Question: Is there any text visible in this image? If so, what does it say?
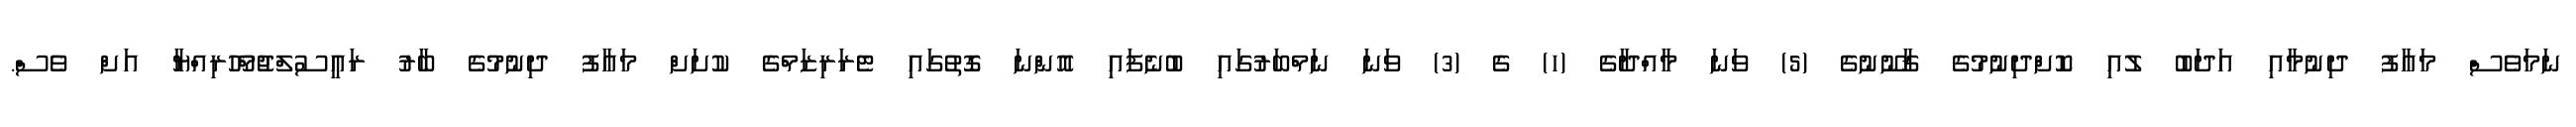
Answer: ނަމަވެސް މަޢާފު ދިނުމާއި އަދަބު ލުއި ކޮށްދިނުމުގެ ޤާނޫނުގެ (5) ވަނަ މާއްދާގެ (ހ) ގެ (3) ވަނަ ނަމްބަރުގައި ބުނެފައި އޮންނަ ގޮތުގައި ޓެރަރިޒަމްގެ ކުށަށް މަޢާފު ދިނުމުގެ ބާރު ރައީސުލްޖުމްހޫރިއްޔާ އަށް ވެސް.